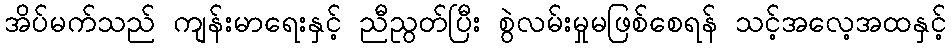
အိပ်မက်သည် ကျန်းမာရေးနှင့် ညီညွတ်ပြီး စွဲလမ်းမှုမဖြစ်စေရန် သင့်အလေ့အထနှင့်